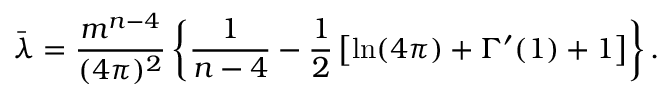
\bar { \lambda } = { \frac { m ^ { n - 4 } } { ( 4 \pi ) ^ { 2 } } } \left\{ { \frac { 1 } { n - 4 } } - { \frac { 1 } { 2 } } \left[ \ln ( 4 \pi ) + \Gamma ^ { \prime } ( 1 ) + 1 \right] \right\} .